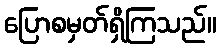
ပြောစမှတ်ရှိကြသည်။